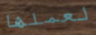
لعملها